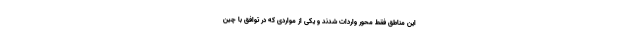
این مناطق فقط محور واردات شدند و یکی از مواردی که در توافق با چین